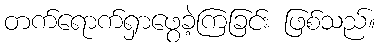
တက်ရောက်ရှာဖွေခဲ့ကြခြင်း ဖြစ်သည်။